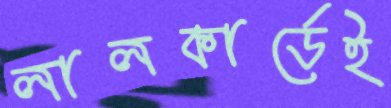
লালকার্ডেই